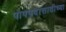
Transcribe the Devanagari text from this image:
पोपपदासाठीच्या